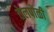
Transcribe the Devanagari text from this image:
तेलपोळी